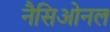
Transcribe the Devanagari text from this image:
नैसिओनल